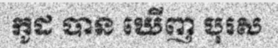
កូដ បាន ឃើញ បុរស